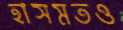
হাসমতও